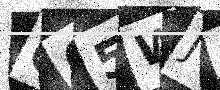
Text: GG5WJ0